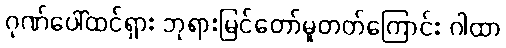
ဂုဏ်ပေါ်ထင်ရှား ဘုရားမြင်တော်မူတတ်ကြောင်း ဂါထာ